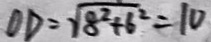
O D = \sqrt { 8 ^ { 2 } + 6 ^ { 2 } } = 1 0